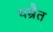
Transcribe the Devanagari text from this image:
धम्रैत